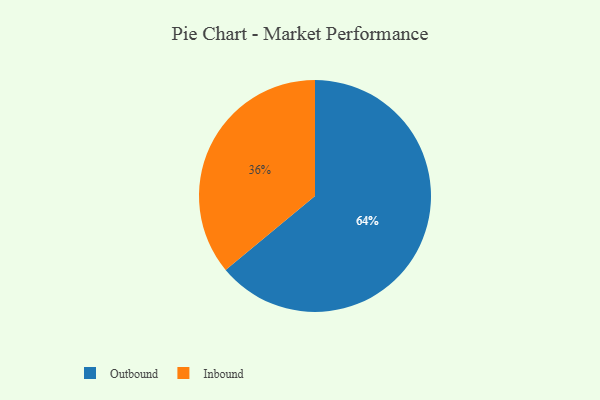
{"axis": {"x": "Category", "y": "Percentage"}, "legend": ["Inbound", "Outbound"], "data": [{"x": "Inbound", "y": 36, "type": "Inbound"}, {"x": "Outbound", "y": 64, "type": "Outbound"}]}